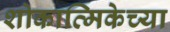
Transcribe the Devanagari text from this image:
शोकात्मिकेच्या